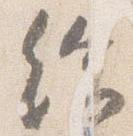
給